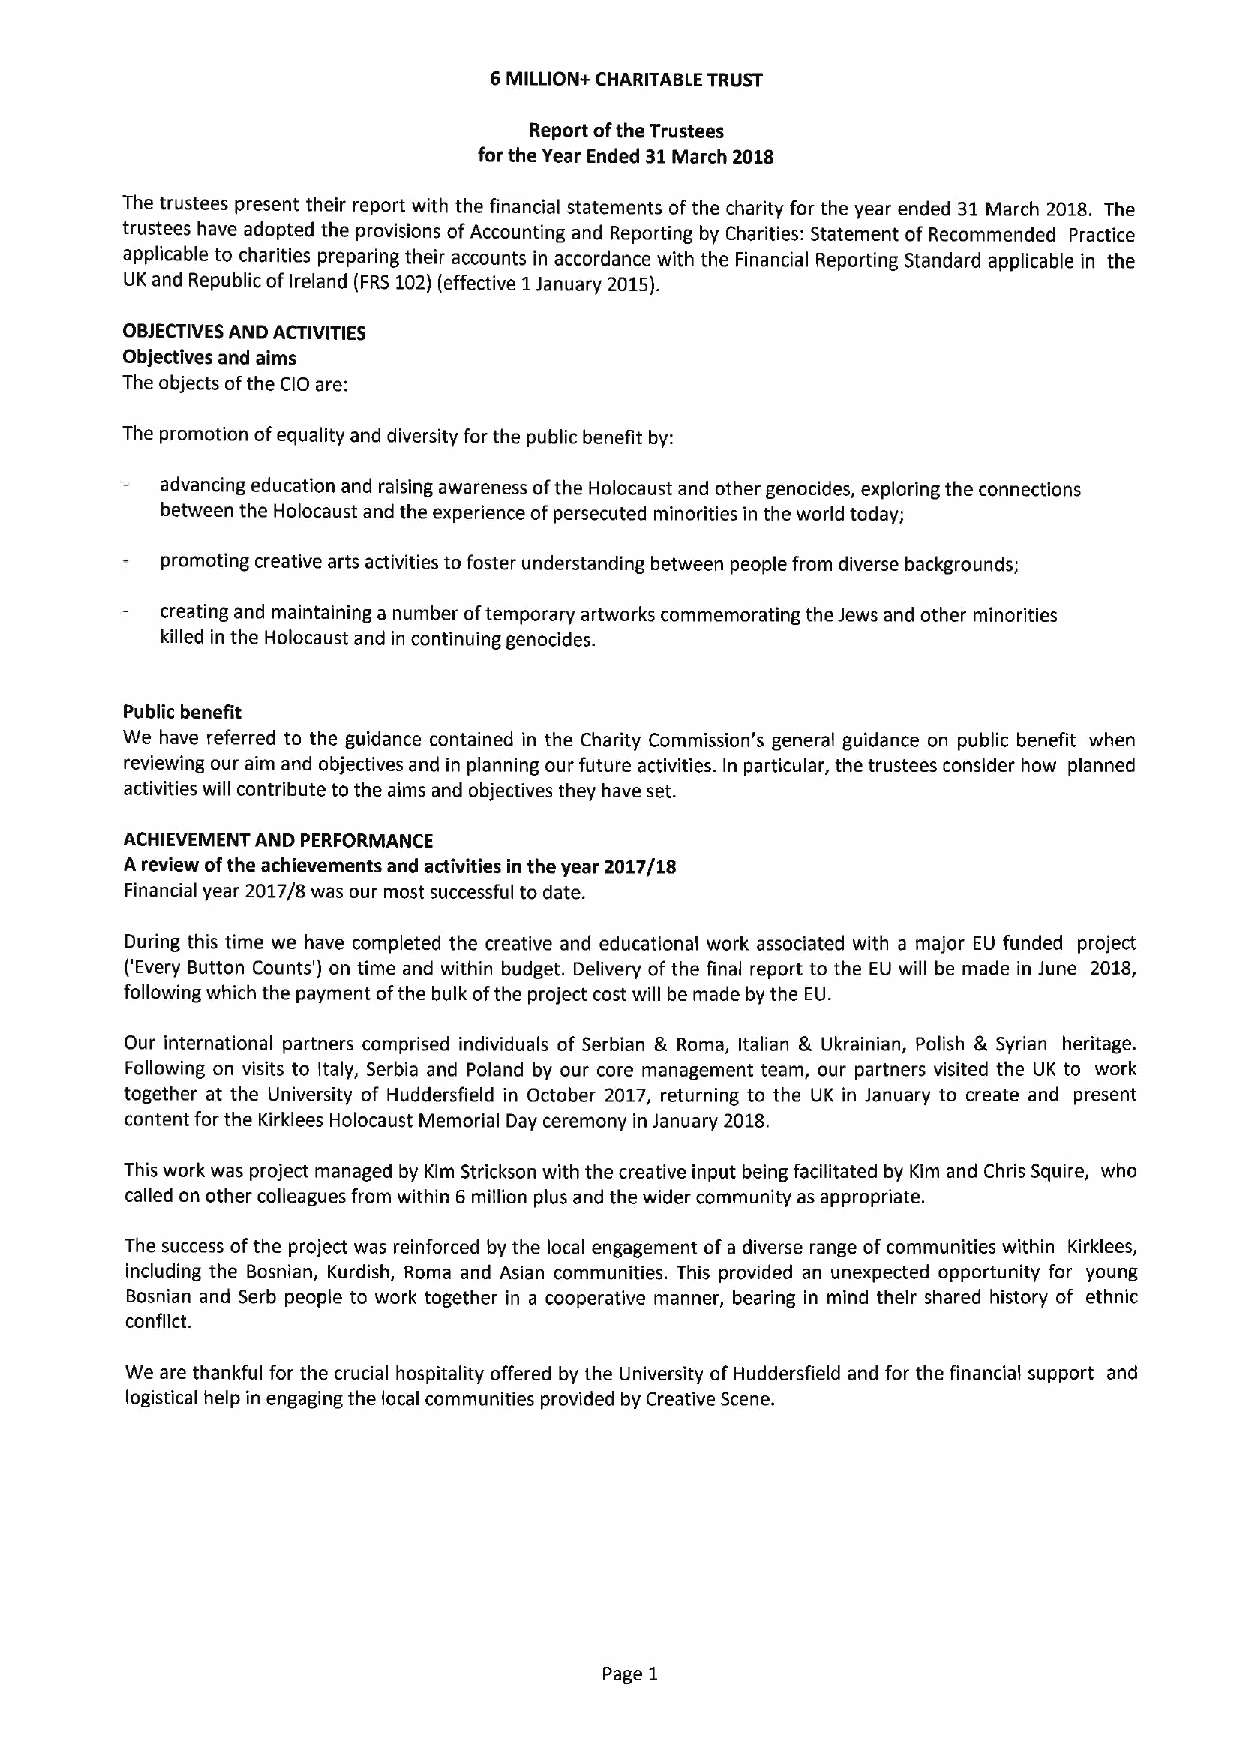
6MILLION+ CHARITABLE TRUST
 Report ofthe Trustees
 forthe Year Ended 31March 2018
 The trustees present their report with the financial statements ofthe charity for the year ended 31March 2018. The
 trustees have adopted the provisions ofAccounting and Reporting by Charities: Statement of Recommended Practice
 applicable to charities preparing their accounts in accordance with the Financial Reporting Standard applicable in the
 UK and Republic ofIreland (FRS102)(effective 1January 201S).
 OBJECTIVESAND ACTIVITIES
 Objectives and aims
 The objects ofthe CIO are:
 The promotion ofequality and diversity for the public benefit by:
 advancing education and raising awareness ofthe Holocaust and other genocides, exploring the connections
 between the Holocaust and the experience ofpersecuted minorities in the world today;
 promoting creative arts activities to foster understanding between people from diverse backgrounds;
 creating and maintaining a number oftemporary artworks commemorating the Jews and other minorities
 killed in the Holocaust and in continuing genocides.
 Public benefit
 We have referred to the guidance contained in the Charity Commission's general guidance on public benefit when
 reviewing our aim and objectives and in planning our future activities. In particular, the trustees consider how planned
 activities will contribute to the aims and objectives they have set.
 ACHIEVEMENT AND PERFORMANCE
 A review ofthe achievements and activities in the year 2017/18
 Financial year 2017/8 was our most successful to date.
 During this time we have completed the creative and educational work associated with a major EU funded project
 ('Every Button Counts') on time and within budget. Delivery ofthe final report to the EU will be made in June 2018,
 following which the payment ofthe bulk ofthe project cost will be made by the EU.
 Our international partners comprised individuals of Serbian & Roma, Italian & Ukrainian, Polish & Syrian heritage.
 Following on visits to Italy, Serbia and Poland by our core management team, our partners visited the UK to work
 together at the University of Huddersfield in October 2017, returning to the UK in January to create and present
 content for the Kirklees Holocaust Memorial Day ceremony in January 2018.
 This work was project managed by Kim Strickson with the creative input being facilitated by Kirn and Chris Squire, who
 called on other colleagues from within 6million plus and the wider community as appropriate.
 The success ofthe project was reinforced by the local engagement ofa diverse range ofcommunities within Kirklees,
 including the Bosnian, Kurdish, Roma and Asian communities. This provided an unexpected opportunity for young
 Bosnian and Serb people to work together in a cooperative manner, bearing in mind their shared history of ethnic
 conflict.
 We are thankful for the crucial hospitality offered by the University ofI-luddersfield and for the financial support and
 logistical help in engaging the local communities provided by Creative Scene.
 Page 1